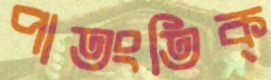
পাতংতিক্